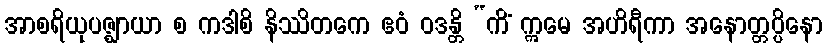
အာစရိယုပဇ္ဈာယာ စ ကဒါစိ နိဿိတကေ ဧဝံ ဝဒန္တိ “ကိံ ဣမေ အဟိရီကာ အနောတ္တပ္ပိနော